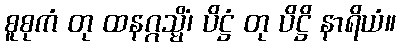
စူစုကံ တု ထနဂ္ဂသ္မိံ၊ ပိဋ္ဌံ တု ပိဋ္ဌိ နာရိယံ။